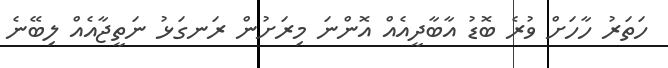
ހަތަރު ހާހަށް ވުރެ ބޮޑު އާބާދީއެއް އޮންނަ މިރަށުން ރަނގަޅު ނަތީޖާއެއް ލިބޭނެ